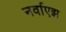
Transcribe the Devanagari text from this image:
नर्वाएझ